Senior Leaving Certificate Examination (including Day School Certificate (Higher) General paper), 1949
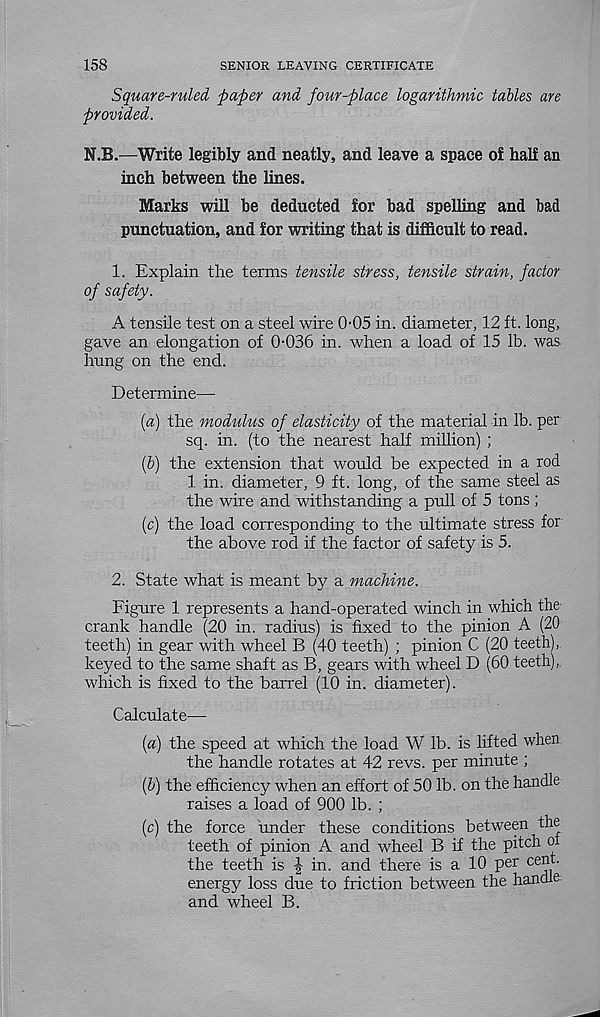
158
SENIOR LEAVING CERTIFICATE
Square-ruled paper and four-place logarithmic tables are
provided.
N.B.—Write legibly and neatly, and leave a space of half an
inch between the lines.
Marks will be deducted for bad spelling and bad
punctuation, and for writing that is difficult to read.
1. Explain the terms tensile stress, tensile strain, factor
of safety.
A tensile test on a steel wire 0-05 in. diameter, 12 ft. long,
gave an elongation of 0-036 in. when a load of 15 lb. was
hung on the end.
Determine—
(а) the modulus of elasticity of the material in lb. per
sq. in. (to the nearest half million) ;
(б) the extension that would be expected in a rod
1 in. diameter, 9 ft. long, of the same steel as
the wire and withstanding a pull of 5 tons ;
(c) the load corresponding to the ultimate stress for
the above rod if the factor of safety is 5.
2. State what is meant by a machine.
Figure 1 represents a hand-operated winch in which the
crank handle (20 in. radius) is fixed to the pinion A (20
teeth) in gear with wheel B (40 teeth) ; pinion C (20 teeth),
keyed to the same shaft as B, gears with wheel D (60 teeth),
which is fixed to the barrel (10 in. diameter).
Calculate—
{a) the speed at which the load W lb. is lifted when
the handle rotates at 42 revs, per minute ;
(&) the efficiency when an effort of 50 lb. on the handle
raises a load of 900 lb. ;
(c) the force under these conditions between the
teeth of pinion A and wheel B if the pitch oi
the teeth is J in. and there is a 10 per cent,
energy loss due to friction between the handle
and wheel B.